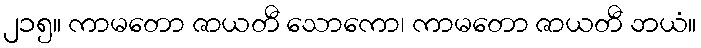
၂၁၅။ ကာမတော ဇာယတီ သောကော၊ ကာမတော ဇာယတီ ဘယံ။